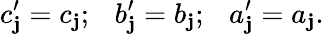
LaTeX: c_{\mathbf{j}}^{\prime}=c_{\mathbf{j}};\ \ \ b_{\mathbf{j}}^{\prime}=b_{\mathbf{j}};\ \ \ a_{\mathbf{j}}^{\prime}=a_{\mathbf{j}}.